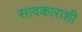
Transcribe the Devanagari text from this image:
सावकाराशी